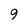
Character: 9